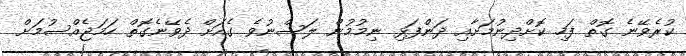
ކުރެވޭނެ ގޮތް ފަހި ކޮށްދިނުމަށާއި ދަންފަޅި ނިމުމުން ލަސްނުވެ ގެއަށް ދެވޭނެގޮތް ހަމަޖެއްސުމަށް